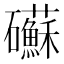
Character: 𥗹